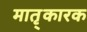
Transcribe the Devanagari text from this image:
मातृ्कारक